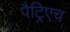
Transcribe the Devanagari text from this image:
पैट्रिएच